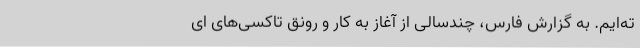
ته‌ایم. به گزارش فارس، چندسالی از آغاز به کار و رونق تاکسی‌های ای